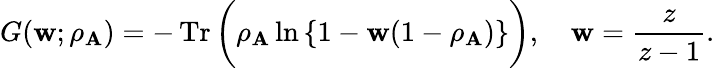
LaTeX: G(\mathbf{w};\rho_{\mathbf{A}})=-\operatorname{Tr}\bigg(\rho_{\mathbf{A}}\ln{\{ 1-\mathbf{w}(1-\rho_{\mathbf{A}})\} }\bigg),\quad\mathbf{w}=\frac{{z}}{{z-1}}.